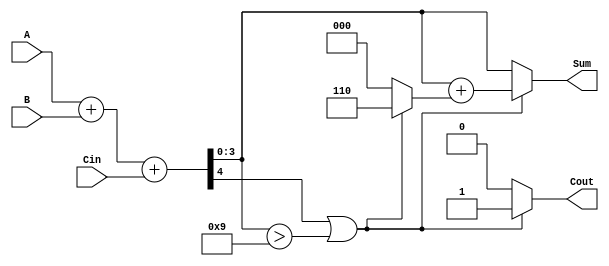
module BCD_Hybrid_Adder (
    input  wire [3:0] A,      // First BCD digit
    input  wire [3:0] B,      // Second BCD digit
    input  wire       Cin,     // Carry input
    output reg  [3:0] Sum,     // BCD sum output
    output reg       Cout      // Carry output
);

    // Intermediate sum (5 bits to accommodate carry)
    wire [4:0] S;
    wire [4:0] corrected_sum;
    wire is_invalid_bcd;

    // Binary addition of A, B, and Cin
    assign S = A + B + Cin;

    // Check if the sum is invalid for BCD (greater than 9)
    assign is_invalid_bcd = (S[4] || (S[3:0] > 4'd9));

    // Corrected sum
    assign corrected_sum = S + (is_invalid_bcd ? 5'b00110 : 5'b00000); // Add 6 if invalid

    // Assign outputs
    always @* begin
        if (is_invalid_bcd) begin
            Sum = corrected_sum[3:0]; // Only take the lower 4 bits
            Cout = 1'b1;               // Set carry out
        end else begin
            Sum = S[3:0];              // Valid BCD, output the lower 4 bits
            Cout = 1'b0;               // No carry out
        end
    end

endmodule